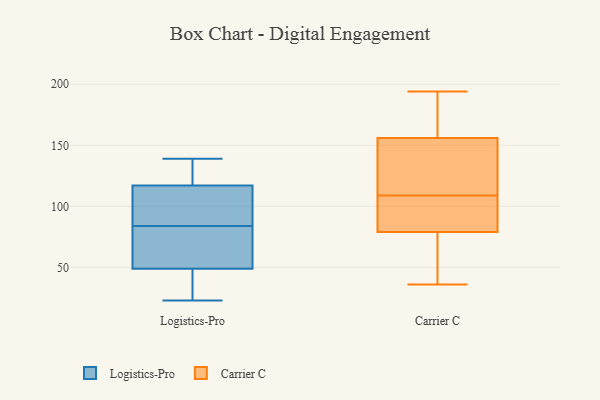
{"axis": {"x": "Satisfaction Score", "y": "Value"}, "legend": ["Carrier C", "Logistics-Pro"], "data": [{"x": "", "y": 117, "type": "Logistics-Pro"}, {"x": "", "y": 139, "type": "Logistics-Pro"}, {"x": "", "y": 111, "type": "Logistics-Pro"}, {"x": "", "y": 23, "type": "Logistics-Pro"}, {"x": "", "y": 130, "type": "Logistics-Pro"}, {"x": "", "y": 49, "type": "Logistics-Pro"}, {"x": "", "y": 54, "type": "Logistics-Pro"}, {"x": "", "y": 72, "type": "Logistics-Pro"}, {"x": "", "y": 96, "type": "Logistics-Pro"}, {"x": "", "y": 26, "type": "Logistics-Pro"}, {"x": "", "y": 100, "type": "Carrier C"}, {"x": "", "y": 136, "type": "Carrier C"}, {"x": "", "y": 79, "type": "Carrier C"}, {"x": "", "y": 144, "type": "Carrier C"}, {"x": "", "y": 53, "type": "Carrier C"}, {"x": "", "y": 109, "type": "Carrier C"}, {"x": "", "y": 97, "type": "Carrier C"}, {"x": "", "y": 45, "type": "Carrier C"}, {"x": "", "y": 46, "type": "Carrier C"}, {"x": "", "y": 132, "type": "Carrier C"}, {"x": "", "y": 109, "type": "Carrier C"}, {"x": "", "y": 36, "type": "Carrier C"}, {"x": "", "y": 194, "type": "Carrier C"}, {"x": "", "y": 163, "type": "Carrier C"}, {"x": "", "y": 156, "type": "Carrier C"}, {"x": "", "y": 94, "type": "Carrier C"}, {"x": "", "y": 173, "type": "Carrier C"}, {"x": "", "y": 192, "type": "Carrier C"}]}